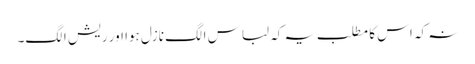
نہ کہ اس کا مطلب یہ کہ لباس الگ نازل ہوا اور ریش الگ۔